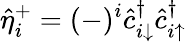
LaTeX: \hat{\eta}_{i}^{+}=(-)^{i}\hat{c}_{i\downarrow}^{\dagger}\hat{c}_{i\uparrow}^{\dagger}